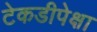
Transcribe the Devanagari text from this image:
टेकडीपेक्षा